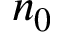
n _ { 0 }